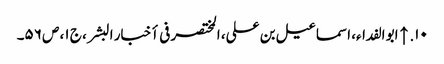
۱۰. ↑ ابو الفداء، اسماعیل بن علی، المختصر فی أخبار البشر، ج ۱، ص ۵۶۔